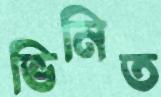
ভিনিত